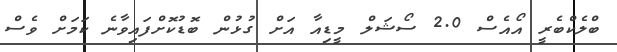
ބްލެކްބެރީ އޯއެސް 2.0 ސޯޝަލް މީޑިއާ އަށް ގުޅުން ބޮޑުކޮށްފައިވާނެ ކަމަށް ވެސް